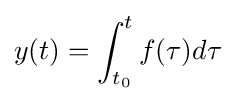
y(t)=\int _{t_{0}}^{t}f(\tau )d\tau